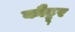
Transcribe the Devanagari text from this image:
कौट्टूर